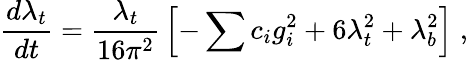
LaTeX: {\frac{d\lambda_{t}}{dt}}={\frac{\lambda_{t}}{16\pi^{2}}}\left[-\sum c_{i}g_{i}^{2}+6\lambda_{t}^{2}+\lambda_{b}^{2}\right]\; ,